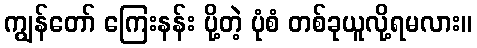
ကျွန်တော် ကြေးနန်း ပို့တဲ့ ပုံစံ တစ်ခုယူလို့ရမလား။